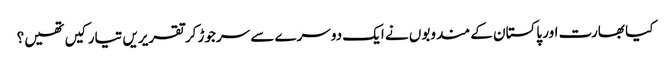
کیا بھارت اور پاکستان کے مندوبوں نے ایک دوسرے سے سرجوڑ کر تقریریں تیار کیں تھیں؟